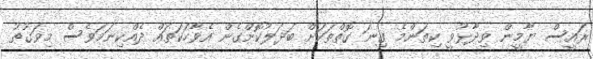
ރައީސް ޔާމީން ވިދާޅުވީ ކިތަންމެ ގިނަ ގޮތްތަކަށް ބަދަލުކޮށްގެން އެވާހަކަތައް ދެއްކިނަމަވެސް މިވަގުތު